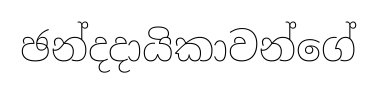
ඡන්දදායිකාවන්ගේ